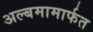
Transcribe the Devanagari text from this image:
अल्बमामार्फत